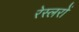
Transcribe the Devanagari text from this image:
रेस्लरों